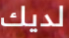
لديك